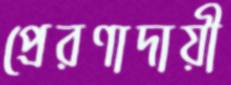
প্রেরণাদায়ী